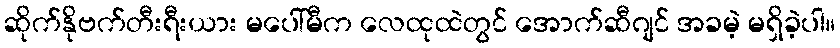
ဆိုက်နိုဗက်တီးရီးယား မပေါ်မီက လေထုထဲတွင် အောက်ဆီဂျင် အခမဲ့ မရှိခဲ့ပါ။